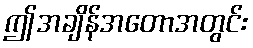
ဤအချိန်အတောအတွင်း